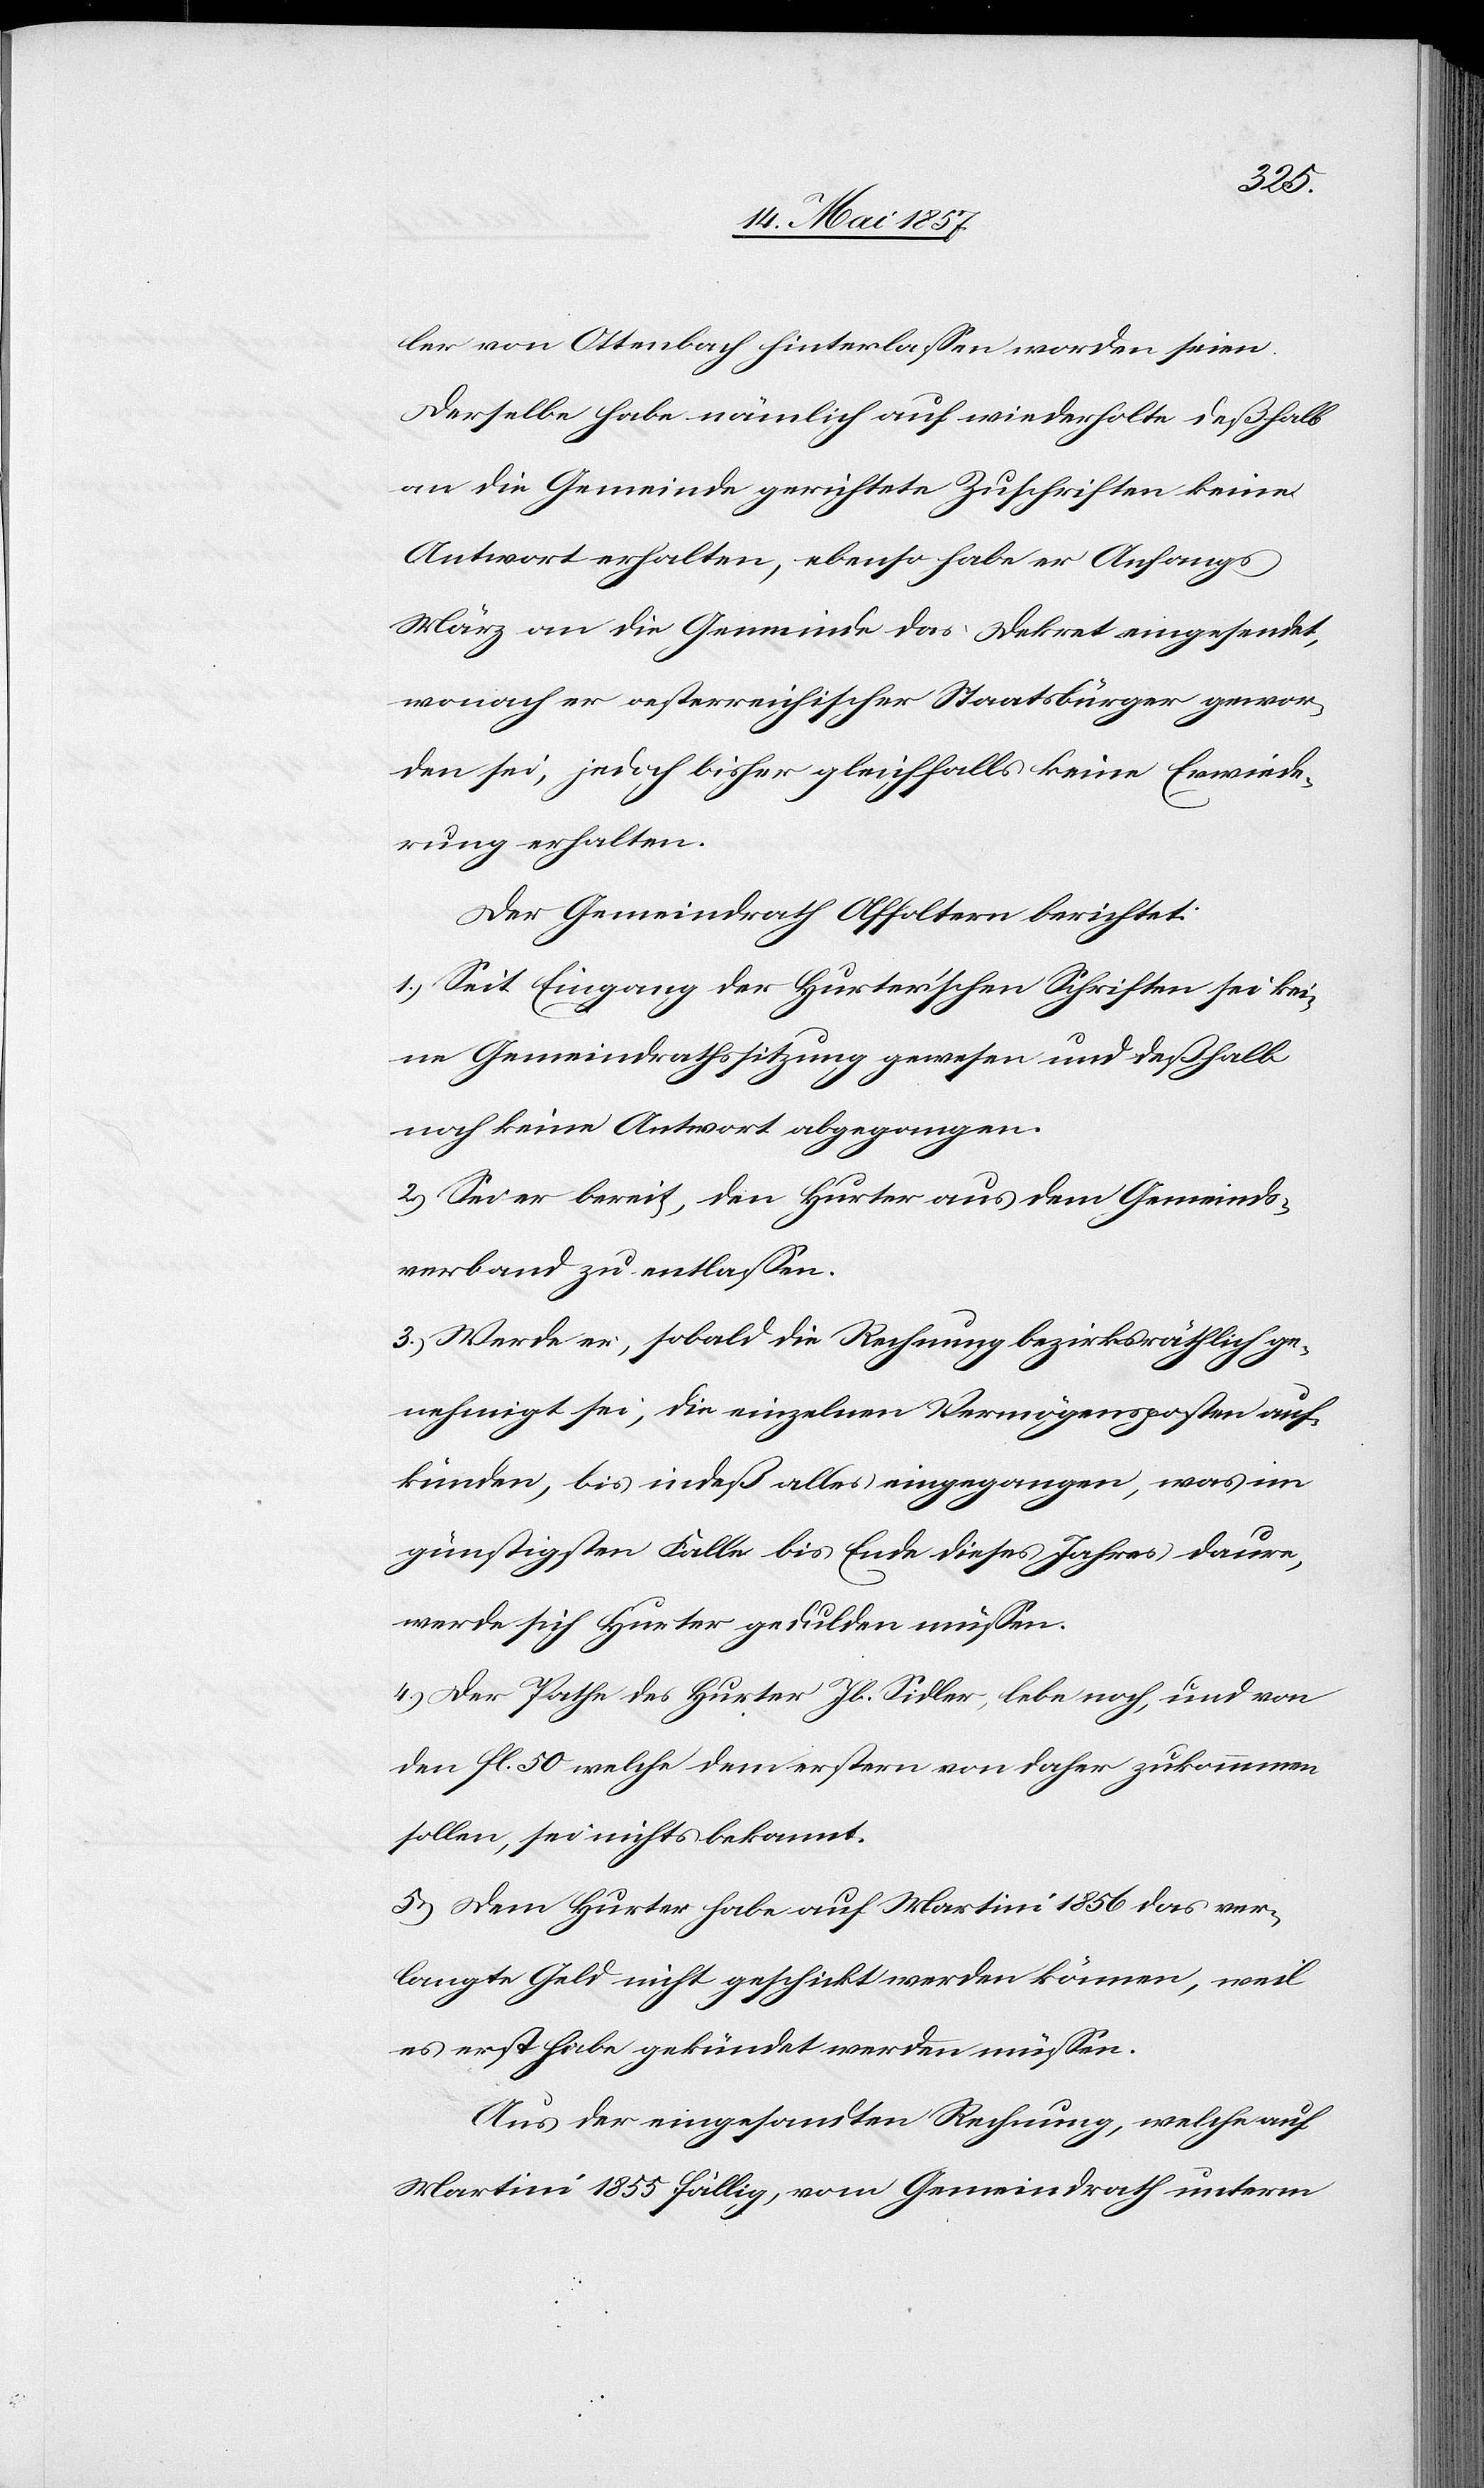
ler von Ottenbach hinterlaßen worden seien.
Derselbe habe nämlich auf wiederholte deßhalb
an die Gemeinde gerichtete Zuschriften keine
Antwort erhalten, ebenso habe er Anfangs
März an die Gemeinde das Dekret eingesendet,
wonach er oesterreichischer Staatsbürger gewor¬
den sein, jedoch bisher gleichfalls keine Erwiede¬
rung erhalten.
Der Gemeindrath Affoltern berichtet:
1.) Seit Eingang der Hurter’schen Schriften sei kei¬
ne Gemeindrathssitzung gewesen und deßhalb
noch keine Antwort abgegangen.
2.) Sei er bereit, den Hurter au dem Gemeinds¬
verband zu entlassen.
3.) Werde er, sobald die Rechnung bezirksräthlich ge¬
nehmigt sei, die einzelnen Vermögensposten auf¬
künden, bis indeß alles eingegangen, was im
günstigsten Falle bis Ende dieses Jahres daure,
werde sich Hurter gedulden müssen.
4.) Der Pathe des Hurter Jb. Sidler, lebe noch, und von
den fl. 50 welche dem erstern von daher zukommen
sollen, sei nichts bekannt.
5.) Dem Hurter habe auf Martini 1856 das ver¬
langte Geld nicht geschickt werden können, weil
es erst habe gekündet werden müssen.
Aus der eingesandten Rechnung, welche auf
Martini 1855 fällig, vom Gemeindrath unterm